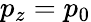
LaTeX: p_{z}=p_{0}